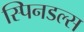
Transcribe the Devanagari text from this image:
स्पिनडल्स